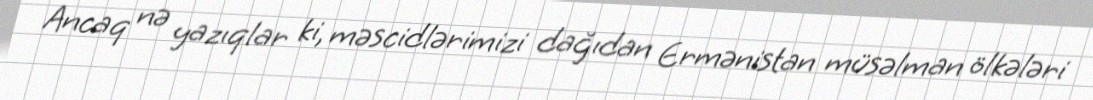
Ancaq nə yazıqlar ki, məscidlərimizi dağıdan Ermənistan müsəlman ölkələri